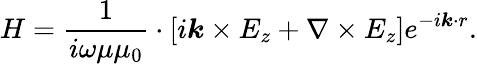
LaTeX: H=\frac{1}{i\omega\mu\mu_{0}}\cdot\left[i\boldsymbol{k}\times E_{z}+\nabla\times E_{z}\right]e^{-i\boldsymbol{k}\cdot r}.